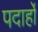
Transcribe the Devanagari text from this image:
पदार्हों